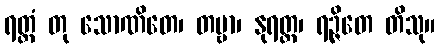
ရတ္တံ တု သောဏိတေ၊ တမ္ဗာ၊ နုရတ္တ၊ ရဉ္ဇိတေ တိသု။